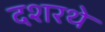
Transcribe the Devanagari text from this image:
दशरथे